Report of the Indian Hemp Drugs Commission, 1894-1895 - Volume III
Year: 1894
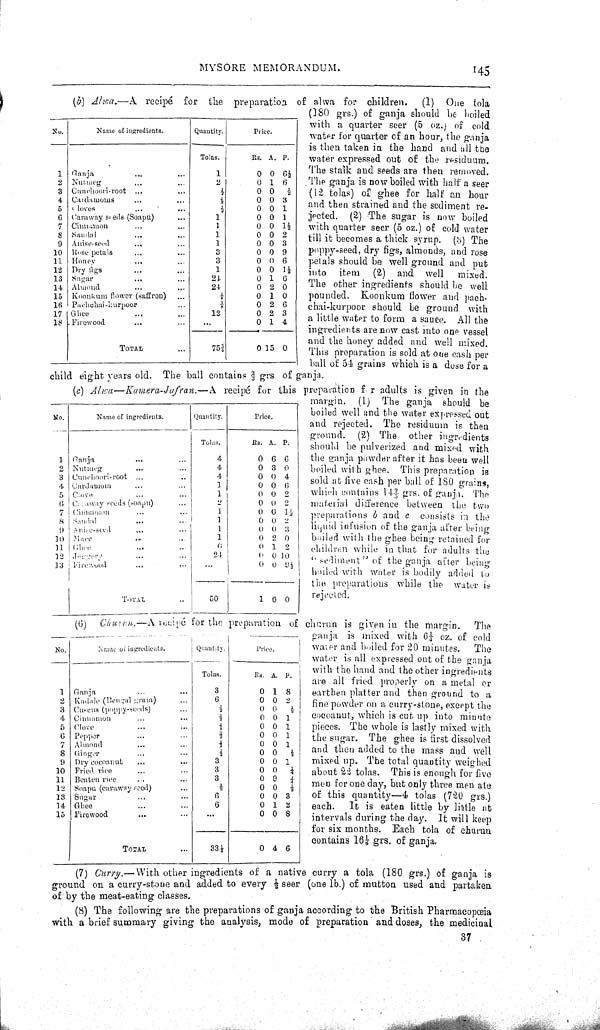
MYSORE MEMORANDUM. 145
No.
Name of ingredients.
Quantity.
Price.
Tolas.
Rs. A. P.
1 Ganja
1
0 0 61/2
2 Nutmeg
2
0 1 6
3 Cunchoori-root
1/2
0 0 1/2
4 Cardamoms
1/2
0 0 3
5
cloves
1/2
0 0 1
6 Caraway seeds (Soapu)
1
0 0 1
7 Cimuiuon.
1
0 0 11/2
8 Sandal
1
0 0 2
9 Allise-seed
1
0 0 3
10 Rose petals
3
0 0 9
11
Honey
3
0 0 6
12 Dry figs
1
0 0 11/2
13 Sugar
21
0 1 6
14 Almond
24
0 2 0
15 Koonkum flower (saffron)
1/8
0 1 0
16 Pachchai-kurpoor
1/8
0 2 6
17 Ghee
12
0 2 3
18 Firewood
0 1 4
TOTAL
753/4
0 15 0
(b) Alwa,—A recipé for the preparation of alwa for children.
(1) One tola
(180 grs.) of ganja should be boiled
with a quarter seer (5 oz.) of cold
water for quarter of an hour, the ganja
is then taken in the hand and all the
water expressed out of the residuum.
The stalk and seeds are then removed.
The ganja is now boiled with half a seer
(12 tolas) of ghee for half an hour
and then strained and the sediment re-
jected. (2) The sugar is now boiled
with quarter seer (5 oz.) of cold water
till it becomes a thick syrup, (3) The
poppy-seed, dry figs, almonds, and rose
petals should be well ground and put
into
item
(2) and well
mixed.
The other ingredients should be well
pounded. Koonkum flower and pach-
chai-kurpoor should be ground with
a little water to form a sauce. All the
ingredients are now cast into one vessel
and the honey added and well mixed.
This preparation is sold at one cash per
ball of 54 grains which is a dose for a
child eight years old. The ball contains 2/3 grs of ganja.
No.
Name of ingredients.
Quantity.
Pric e.
Tolas.
Rs. A. P.
1 Ganja
4
0 6 6
2 Nutmeg
4
0 3 0
3 Cunehoori-root
4
0 0 4
4 Cardamom
1
0 0 6
5 Clove
1
0 0 2
6 Caraway seeds (soapu)
2
0 0 2
7 Cinnamon
1
0 0 11/2
8 Samlal
1
0 0 2
9
Anbe-seed
1
0 0 3
10 Maee
1
0 2 0
11 Ghee
6
0 1 2
12 Jaggery
24
0 0 10
13 Firewood
0 0
91/2
TOTAL
50
1 0 0
(c) Alwa-Kamera-Jafran.-A
recipe for this preparation for adults is given in the
margin, (1) The ganja should be
boiled well and the water expressed out
and rejected. The residuum is then
ground. (8) The other ingredients
should be pulverized and mixed with
the ganja powder after it has been well
boiled with ghee. This preparation is
sold at five cash per ball of 180 grains,
which contains 142/3 grs. of ganja. The
material difference between the two
preparations b and c consists in the
liquid infusion of the ganja after being
boiled with the ghee being retained for
children while in that for adults the
"sediment" of the ganja after being
bulled with water is bodily added to
the preparations while the water is
rejected.
No.
Name of ingredients.
Quantity.
Price.
Tolas.
RB. A. P.
1
Ganja
3
0 1 8
2
Kadale (Bengal gram)
6
0 0 2
3 Cuscus (poppy-seeds)
1/2
0 0
4
4 Cinnamon
1/2
0 0 1
5 Clove
1/2
0 0 1
6
Peppor
1/2
0 0 1
7
Almond
1/2
0 0 1
8 Ginger
1/2
0 0
4
9
Dry cocoanut at
3
0 0 1
10 Fried rice
3
0 0 1/4
11 Beaten rice
3
0 9 1/4
12 Soapu (caraway seed)
1/2
0 0 1/2
13 Sugar
6
0 0 3
14 Ghee
6
0 1 2
15 Firewood
0 0 8
TOTAL
331/2
0 4 6
(6) Churen.—A recipé for the preparation of churun is given in the margin.
The
ganja is mixed with 61/4 oz. of cold
water and boiled for 20 minutes.
The
water is all expressed out of the ganja
with the baud and the other ingredients
are all fried properly on a metal or
earthen platter and then ground to a
fine powder on a curry-stone, except the
cocoanut, which is cut up into minute
pieces. The whole is lastly mixed with
the sugar. The ghee is first dissolved
and then added to the mass and well
mixed up. The total quantity weighed
about 22 tolas. This is enough for five
men for one day, but only three men ate
of this quantity—4 tolas (720 grs.)
each.
It is eaten little by little at
intervals during the day. It will keep
for six months. Each tola of churun
contains 161/8 grs. of ganja.
(7) Curry.—With other ingredients of a native curry a tola (180 grs.) of ganja is
ground on a curry-stone and added to every 1/2 seer (one lb.) of mutton used and partaken
of by the meat-eating classes.
(8) The following are the preparations of ganja according to the British Pharmacopoeia
with a brief summary giving the analysis, mode of preparation and doses, the medicinal
37